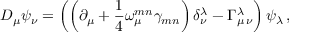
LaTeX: D _ { \mu } \psi _ { \nu } = \left( \left( \partial _ { \mu } + \frac { 1 } { 4 } \omega _ { \mu } ^ { m n } \gamma _ { m n } \right) \delta _ { \nu } ^ { \lambda } - \Gamma _ { \mu \, \nu } ^ { \lambda } \right) \psi _ { \lambda } \, ,